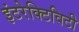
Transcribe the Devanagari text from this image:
इंटरेक्टिविटी